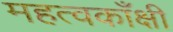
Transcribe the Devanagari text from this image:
महत्वकाँक्षी